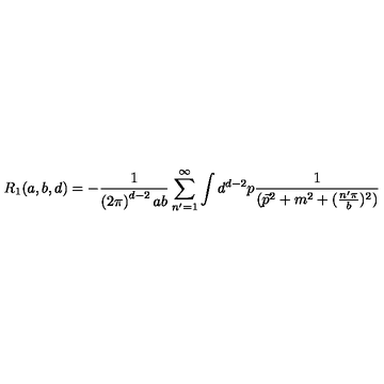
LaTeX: R _ { 1 } ( a , b , d ) = - \frac { 1 } { \left( 2 \pi \right) ^ { d - 2 } a b } \sum _ { n ^ { \prime } = 1 } ^ { \infty } \int d ^ { d - 2 } p \frac { 1 } { ( \vec { p } ^ { 2 } + m ^ { 2 } + ( \frac { n ^ { \prime } \pi } { b } ) ^ { 2 } ) }